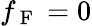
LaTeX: f_{\mathrm{~F~}}=0